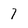
Character: 7